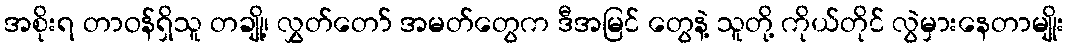
အစိုးရ တာဝန်ရှိသူ တချို့၊ လွှတ်တော် အမတ်တွေက ဒီအမြင် တွေနဲ့ သူတို့ ကိုယ်တိုင် လွဲမှားနေတာမျိုး